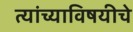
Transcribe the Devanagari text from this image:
त्यांच्याविषयीचे